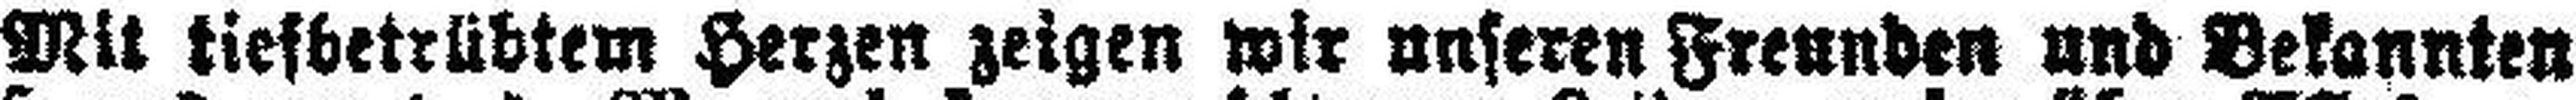
Mit tiefbetrübtem Herzen zeigen wir unseren Freunden und Bekannten